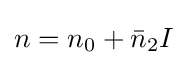
n={n_{0}+{\bar {n}}_{2}I}